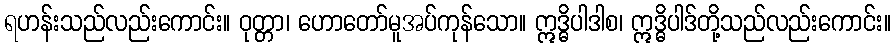
ရဟန်းသည်လည်းကောင်း။ ဝုတ္တာ၊ ဟောတော်မူအပ်ကုန်သော။ ဣဒ္ဓိပါဒါစ၊ ဣဒ္ဓိပါဒ်တို့သည်လည်းကောင်း။